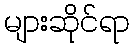
များဆိုင်ရာ